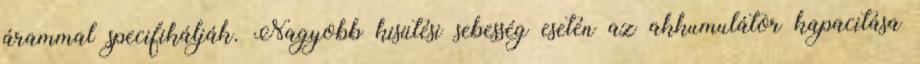
árammal specifikálják. Nagyobb kisütési sebesség esetén az akkumulátor kapacitása